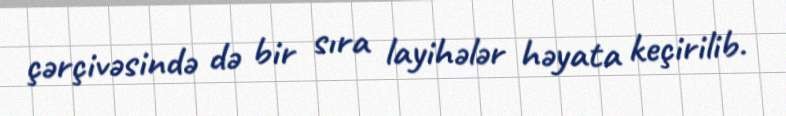
çərçivəsində də bir sıra layihələr həyata keçirilib.